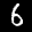
Label: 6